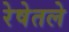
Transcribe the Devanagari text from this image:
रेषेतले